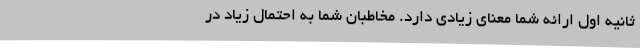
ثانیه اول ارائه شما معنای زیادی دارد. مخاطبان شما به احتمال زیاد در